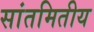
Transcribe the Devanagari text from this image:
सांतमितीय